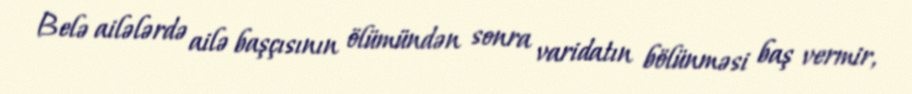
Belə ailələrdə ailə başçısının ölümündən sonra varidatın bölünməsi baş vermir,